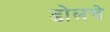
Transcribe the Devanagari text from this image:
डोलचे